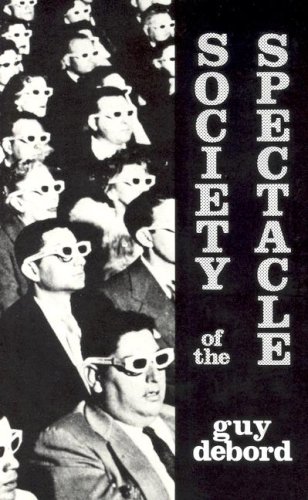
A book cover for Society Of The Spectacle; Guy DEBORD; Business & Money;